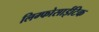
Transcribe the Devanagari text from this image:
लिम्फोसाईटिक